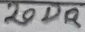
Text: 20DR